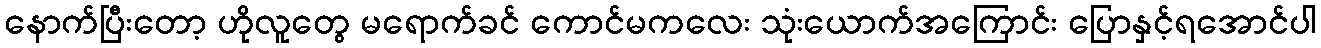
နောက်ပြီးတော့ ဟိုလူတွေ မရောက်ခင် ကောင်မကလေး သုံးယောက်အကြောင်း ပြောနှင့်ရအောင်ပါ